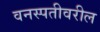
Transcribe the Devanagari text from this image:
वनस्पतीवरील